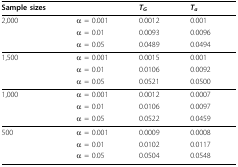
<table><thead><tr><td><b>Sample sizes</b></td><td>[EMPTY_CELL]</td><td><b><i>T<sub>G</sub></i></b></td><td><b><i>T<sub>a</sub></i></b></td></tr></thead><tbody><tr><td>2,000</td><td>α = 0.001</td><td>0.0012</td><td>0.001</td></tr><tr><td>[EMPTY_CELL]</td><td>α = 0.01</td><td>0.0093</td><td>0.0096</td></tr><tr><td>[EMPTY_CELL]</td><td>α = 0.05</td><td>0.0489</td><td>0.0494</td></tr><tr><td>1,500</td><td>α = 0.001</td><td>0.0015</td><td>0.001</td></tr><tr><td>[EMPTY_CELL]</td><td>α = 0.01</td><td>0.0106</td><td>0.0092</td></tr><tr><td>[EMPTY_CELL]</td><td>α = 0.05</td><td>0.0521</td><td>0.0500</td></tr><tr><td>1,000</td><td>α = 0.001</td><td>0.0012</td><td>0.0007</td></tr><tr><td>[EMPTY_CELL]</td><td>α = 0.01</td><td>0.0106</td><td>0.0097</td></tr><tr><td>[EMPTY_CELL]</td><td>α = 0.05</td><td>0.0522</td><td>0.0459</td></tr><tr><td>500</td><td>α = 0.001</td><td>0.0009</td><td>0.0008</td></tr><tr><td>[EMPTY_CELL]</td><td>α = 0.01</td><td>0.0102</td><td>0.0117</td></tr><tr><td>[EMPTY_CELL]</td><td>α = 0.05</td><td>0.0504</td><td>0.0548</td></tr></tbody></table>